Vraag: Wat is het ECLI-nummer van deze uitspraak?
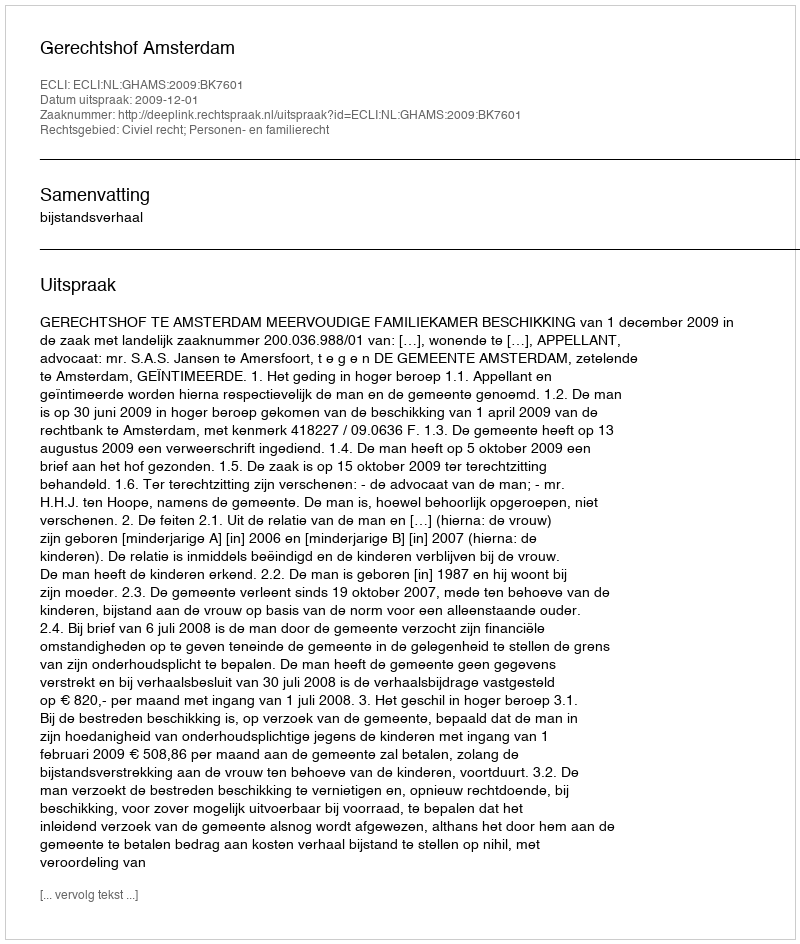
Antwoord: ECLI:NL:GHAMS:2009:BK7601